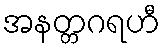
အနတ္တဂရဟီ